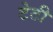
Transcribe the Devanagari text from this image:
टेटी